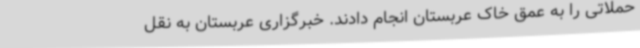
حملاتی را به عمق خاک عربستان انجام دادند. خبرگزاری عربستان به نقل